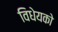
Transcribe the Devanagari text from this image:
विधेयको